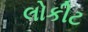
લોકીટ